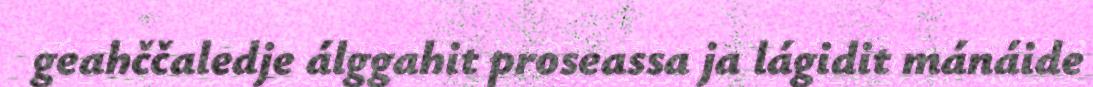
geahččaledje álggahit proseassa ja lágidit mánáide